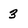
Character: 3